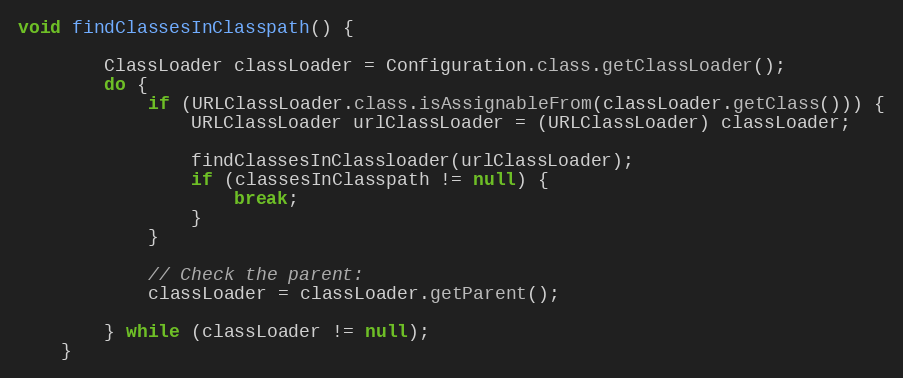
Language: Java
void findClassesInClasspath() {

        ClassLoader classLoader = Configuration.class.getClassLoader();
        do {
            if (URLClassLoader.class.isAssignableFrom(classLoader.getClass())) {
                URLClassLoader urlClassLoader = (URLClassLoader) classLoader;

                findClassesInClassloader(urlClassLoader);
                if (classesInClasspath != null) {
                    break;
                }
            }

            // Check the parent:
            classLoader = classLoader.getParent();

        } while (classLoader != null);
    }